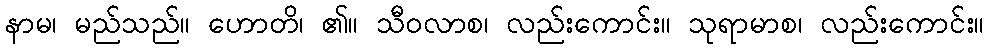
နာမ၊ မည်သည်။ ဟောတိ၊ ၏။ သီဝလာစ၊ လည်းကောင်း။ သုရာမာစ၊ လည်းကောင်း။